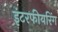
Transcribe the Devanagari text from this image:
इंटरफीयरिंग